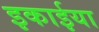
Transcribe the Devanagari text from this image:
इकाईया